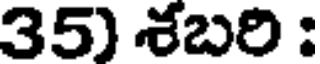
35) శబరి :